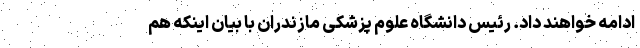
ادامه خواهند داد. رئیس دانشگاه علوم پزشکی مازندران با بیان اینکه هم